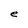
Character: e